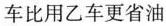
车比用乙车更省油